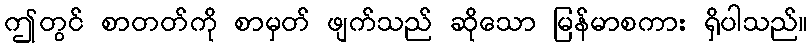
ဤတွင် စာတတ်ကို စာမှတ် ဖျက်သည် ဆိုသော မြန်မာစကား ရှိပါသည်။